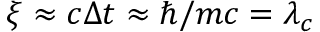
\xi \approx c \Delta t \approx \hbar / m c = \lambda _ { c }